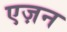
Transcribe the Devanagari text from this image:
एज़न